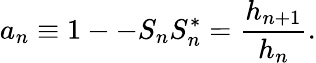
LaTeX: a_{n}\equiv 1--S_{n}S_{n}^{*}=\frac{h_{n+1}}{h_{n}}.